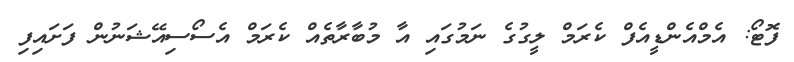
ފޮޓޯ: އެމްއެންޑީއެފް ކެރަމް ލީގުގެ ނަމުގައި އާ މުބާރާތެއް ކެރަމް އެސޯސިއޭޝަނުން ފަށައިފި